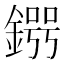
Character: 𨪒